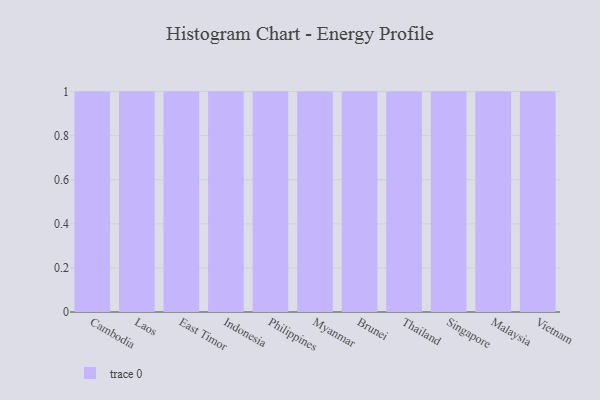
{"axis": {"x": "Country", "y": "Budget (USD K)"}, "legend": [""], "data": [{"x": "Cambodia", "y": 64, "type": ""}, {"x": "Laos", "y": 86, "type": ""}, {"x": "East Timor", "y": 10, "type": ""}, {"x": "Indonesia", "y": 88, "type": ""}, {"x": "Philippines", "y": 18, "type": ""}, {"x": "Myanmar", "y": 89, "type": ""}, {"x": "Brunei", "y": 23, "type": ""}, {"x": "Thailand", "y": 8, "type": ""}, {"x": "Singapore", "y": 22, "type": ""}, {"x": "Malaysia", "y": 45, "type": ""}, {"x": "Vietnam", "y": 60, "type": ""}]}